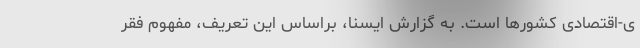
ی-اقتصادی کشورها است. به گزارش ایسنا، براساس این تعریف، مفهوم فقر